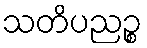
သတိပညဉ္စ